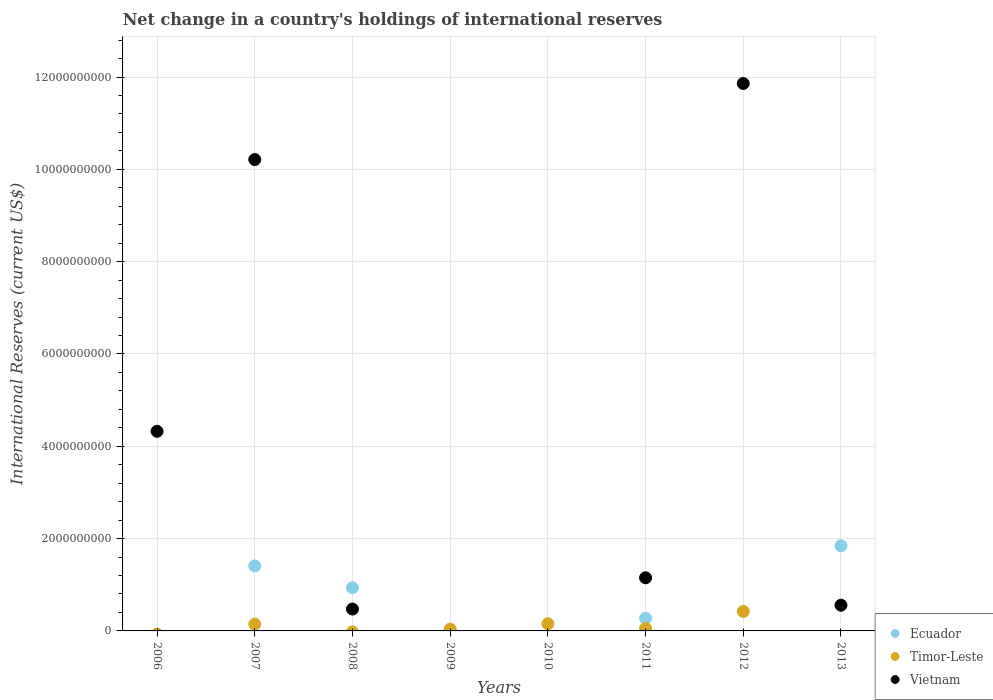
| Years | Ecuador | Timor-Leste | Vietnam |
 | --- | --- | --- | --- |
 | 2006 | -7.39e+07 | -6.95e+07 | 4.32e+09 |
 | 2007 | 1.41e+09 | 1.47e+08 | 1.02e+10 |
 | 2008 | 9.35e+08 | -1.98e+07 | 4.74e+08 |
 | 2009 | -2.78e+09 | 3.95e+07 | -8.46e+09 |
 | 2010 | -1.21e+09 | 1.56e+08 | -1.76e+09 |
 | 2011 | 2.72e+08 | 5.55e+07 | 1.15e+09 |
 | 2012 | -5.82e+08 | 4.22e+08 | 1.19e+10 |
 | 2013 | 1.85e+09 | -2.02e+08 | 5.57e+08 |